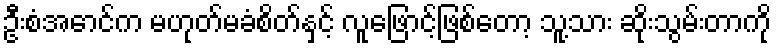
ဦးစံအောင်က မဟုတ်မခံစိတ်နှင့် လူဖြောင့်ဖြစ်တော့ သူ့သား ဆိုးသွမ်းတာကို